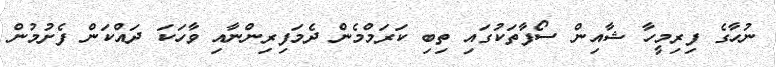
ނުހާގެ ފިރިމީހާ ޝާއިން ސޯފާތަކުގައި ތިބި ކަރަމްމެން ދެމަފިރިންނާއި ވާހަކަ ދައްކަން ފެށުމުން